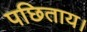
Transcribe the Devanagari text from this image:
पछिताय।